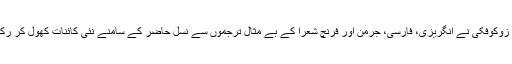
شاعر زوکوفکی نے انگریزی، فارسی، جرمن اور فرنچ شعرا کے بے مثال ترجموں سے نسلِ حاضر کے سامنے نئی کائنات کھول کر رکھ دی۔